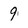
Character: 9